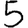
Digit: 5